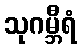
သုဂမ္ဘီရံ